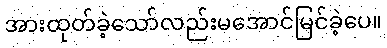
အားထုတ်ခဲ့သော်လည်းမအောင်မြင်ခဲ့ပေ။